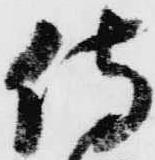
侍